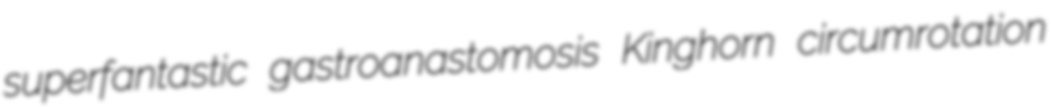
superfantastic gastroanastomosis Kinghorn circumrotation